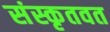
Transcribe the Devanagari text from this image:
संस्कृतवत